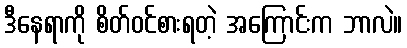
ဒီနေရာကို စိတ်ဝင်စားရတဲ့ အကြောင်းက ဘာလဲ။